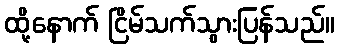
ထို့နောက် ငြိမ်သက်သွားပြန်သည်။